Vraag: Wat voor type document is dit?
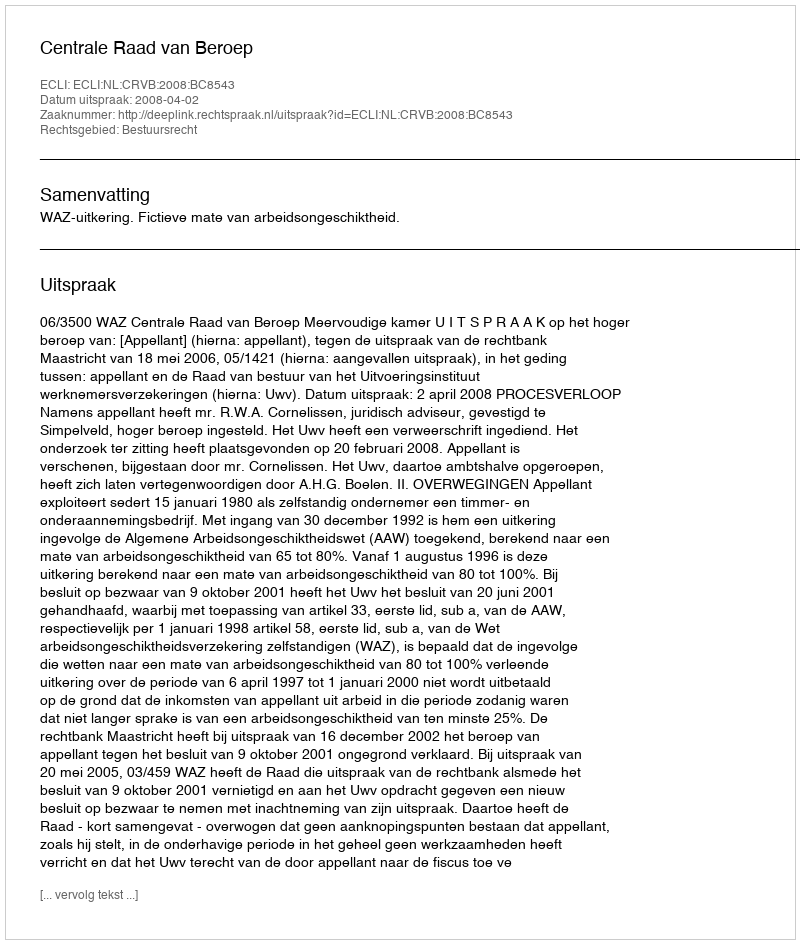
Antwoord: Uitspraak